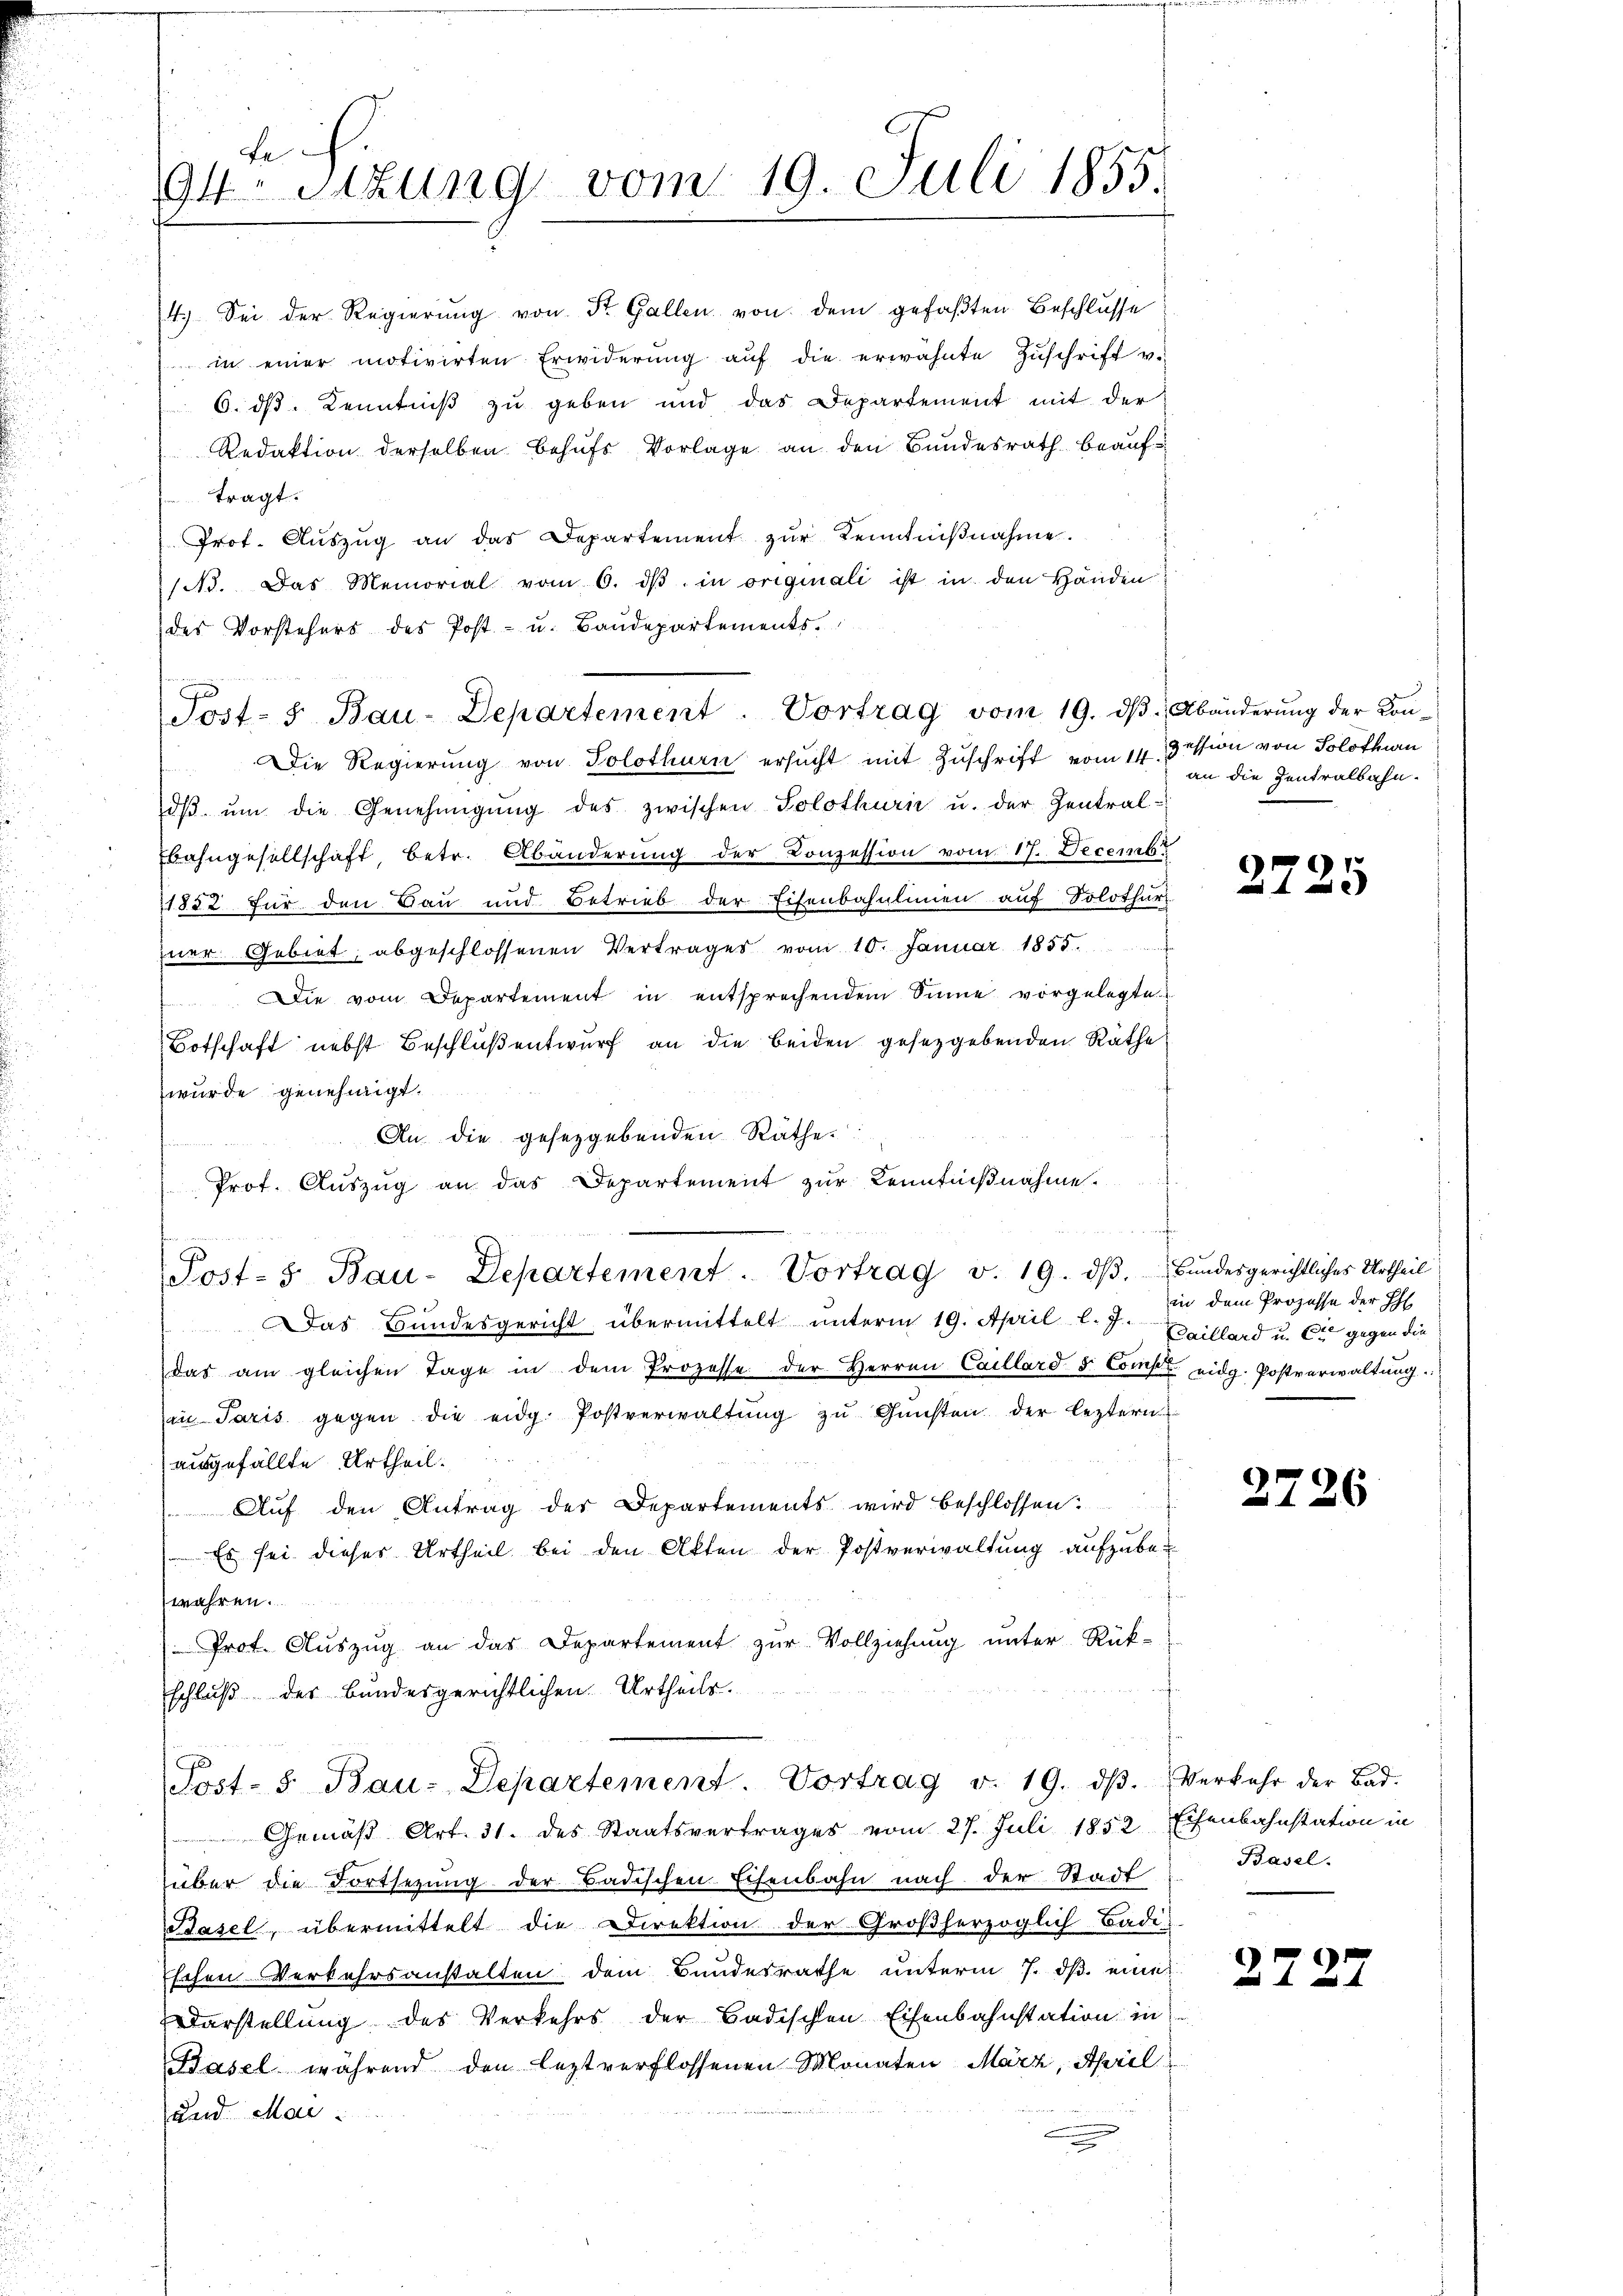
Fe
94 sizung vom 19. Juli 1855.

des Vorstehers des Post- u. Baudepartements.
I
Sost- u Bau-Departement. Vortrag vom 19. dβ. Abänderung der Kon-
Die Regierung von Solothurn ersucht mit Zuschrift vom 14. Dession von Solothurn
dβ ŭm die Genehmigŭng des zwischen Solothurn u. der Zentral-
Bahngesellschaft, betr. Abänderung der Conzession vom 17. Decembr
11832 für den Bau und Betrieb der Eisenbahnlinien auf Solothur
zner Gebiet, abgeschlossenen Vertrages vom 10. Januar 1855.
Die vom Departement in entsprechendem Sinne vorgelegte
Botschaft nebst Beschluß entwurf an die beiden gesetzgebenden Räthe
wurde genehmigt.
An die gesetzgebenden Räthe
e
Prof. Auszug an das Departement zur Kenntnißnahme.
u
7
Post- 5. Bau-Departement. Vortrag v. 19. dβ. Bundesgerichtliches Urtheil
Das Bundesgericht übermittelt unterm 19. April l. J. Weillard u. Er gegen die
das am gleichen Tage in dem Prozesse der Herren Caillard S. Compt eidg. Postverwaltung.
in Paris gegen die eidg. Postverwaltŭng zŭ Gŭnsten der leztern
ausgefällte Urtheil.
Auf den Antrag der Departements wird beschlossen:
Es sei dieses Urtheil bei den Akten der Postverwaltung aufzubewahren.
Prof. Aŭszŭg an das Departement zŭr Vollziehung unter Rück-
schluß der Bundesgerichtlichen Urtheils.
Post- 5. Bau-Departement. Vortrag v. 19. dβ. Verkehr der Bad-
Gemäß Art. 31. des Staatsvertrages vom 27. Juli 1852 Eisenbahnstation in
über die Fortsezung der Badischen Eisenbahn nach der Stadt
Basel, übermittelt die Direktion der Großherzoglich-Badis
schen Verkehrsanstalten dem Bundesrathe unterm 7. dβ eine
Darstellung des Verkehrs der Badischen Eisenbahnstation in
Basel während den leztverflossenen Monaten März, April
und Mai.

4.) Sei der Regierŭng von St. Gallen von dem gefaßten Beschlusse
in einer motivirten Erwiderŭng aŭf die erwähnte Zŭschrift v.
6. ds Kenntniß zu geben und das Departement mit der
Redaktion derselben behufs Vorlage an den Bundesrath beauftragt.
Prot. Aŭszŭg an das Departement zŭr Kenntniβnahme.
13. Das Memorial vom 6. dβ in originali ist in den Händen

an die Zentralbahn.

2725

in dem Prozesse der Eh

2726

Basel.

2727